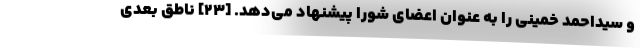
و سیداحمد خمینی را به عنوان اعضای شورا پیشنهاد می‌دهد. [۲۳] ناطق بعدی